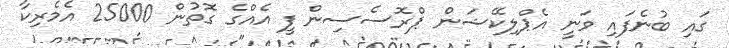
ގައި ބުނެފައި ވަނީ އެޕްލިކޭޝަން ޕްރޮސެސިން ފީ އެއްގެ ގޮތުން 25000 އެމެރިކާ